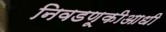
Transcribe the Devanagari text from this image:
निवडणूकीआधी